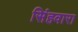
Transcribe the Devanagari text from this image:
सिंहवारा